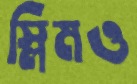
স্লিমও